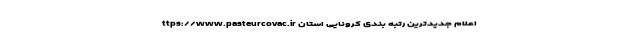
ttps://www.pasteurcovac.ir اعلام جدیدترین رتبه بندی کرونایی استان